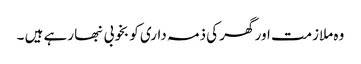
وہ ملازمت اور گھر کی ذمہ داری کو بخوبی نبھا رہے ہیں ۔